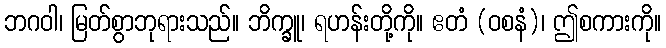
ဘဂဝါ၊ မြတ်စွာဘုရားသည်။ ဘိက္ခူ၊ ရဟန်းတို့ကို။ ဧတံ (ဝစနံ)၊ ဤစကားကို။